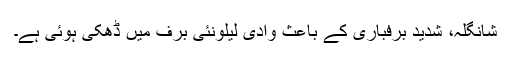
شانگلہ، شدید برفباری کے باعث وادی لیلونئی برف میں ڈھکی ہوئی ہے۔